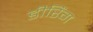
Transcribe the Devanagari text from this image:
डीरिंग